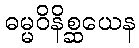
ဓမ္မဝိနိစ္ဆယေန